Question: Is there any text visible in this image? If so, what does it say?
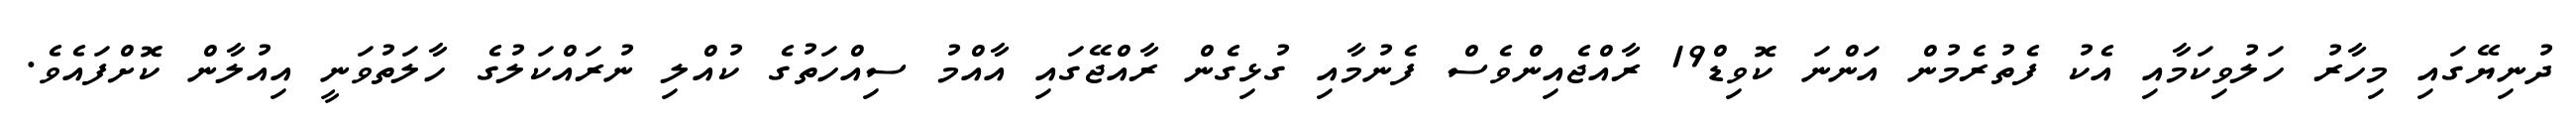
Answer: ދުނިޔޭގައި މިހާރު ހަލުވިކަމާއި އެކު ފެތުރެމުން އަންނަ ކޮވިޑް19 ރާއްޖެއިންވެސް ފެނުމާއި ގުޅިގެން ރާއްޖޭގައި އާއްމު ސިއްހަތުގެ ކުއްލި ނުރައްކަލުގެ ހާލަތުވަނީ އިއުލާން ކޮށްފައެވެ.